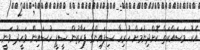
އެކު މަސައްކަތް ކޮށްދިނުމަށް ހުރިހާ ސިފައިންގެ ފަރާތުން ސީޕީ ހުސައިން ވަހީދު ވަނީ